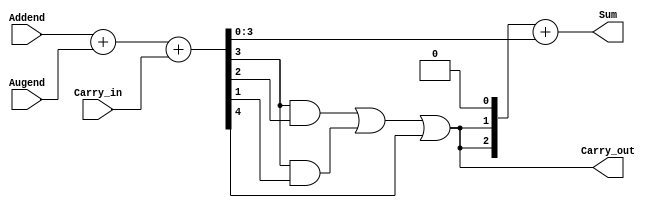
module BCD_Adder (
     	output [3:0] Sum,
     	output Carry_out,
     	input [3:0] Augend, Addend,
     	input Carry_in
     	);
     	wire [3:0]Z;
     	wire [3:0]D;
     	wire TempCarry;
    	wire carry2;
    		assign {TempCarry, Z} = Addend + Augend + Carry_in;
    		assign Carry_out = (Z[3] && Z[2]) || (Z[3] && Z[1]) || TempCarry;
    		assign D = {1'b0, Carry_out, Carry_out, 1'b0};
    		assign {carry2, Sum} = D + Z;
    	endmodule